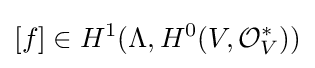
[f]\in H^{1}(\Lambda ,H^{0}(V,{\mathcal {O}}_{V}^{*}))